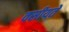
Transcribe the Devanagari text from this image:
वसीयतें